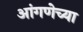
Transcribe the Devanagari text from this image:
आंगणेच्या